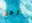
رجل